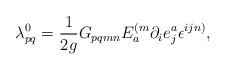
LaTeX: \begin{align*}\lambda _{pq}^{0}=\frac{1}{2g}G_{pqmn}E_{a}^{(m}\partial_{i}e_{j}^{a}\epsilon ^{ijn)}, \end{align*}